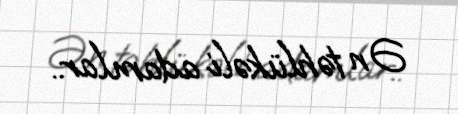
Ən təhlükəli adamlar..